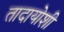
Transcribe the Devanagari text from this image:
तादायोशी